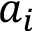
a _ { i }